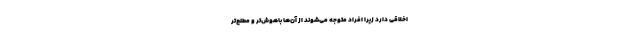
اخلاقی دارد زیرا افراد متوجه می­‌شوند از آن­‌ها باهوش‌­تر و مطلع‌­تر